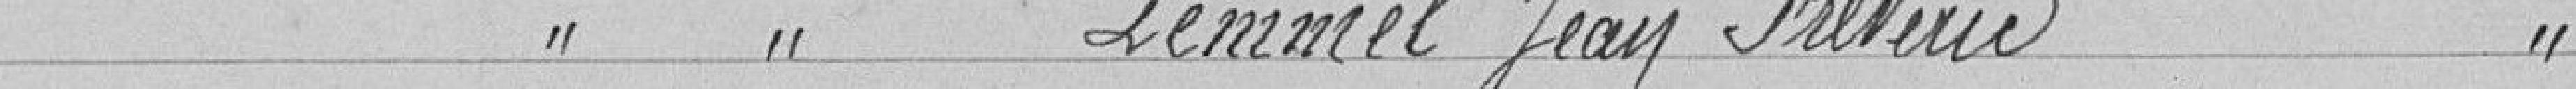
Classe 1925, LEMMEL Jean Frédéric , continuation de ses études